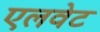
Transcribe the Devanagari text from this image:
एलवेट